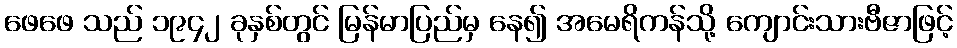
ဖေဖေ သည် ၁၉၄၂ ခုနှစ်တွင် မြန်မာပြည်မှ နေ၍ အမေရိကန်သို့ ကျောင်းသားဗီဇာဖြင့်